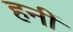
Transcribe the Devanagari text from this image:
हनीं